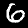
Label: 6